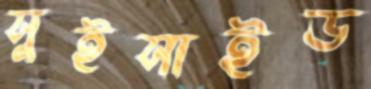
সুইসাইড